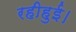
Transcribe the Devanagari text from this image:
रहीहुई।